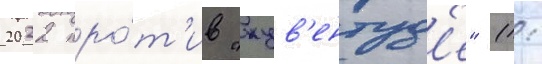
2022 про́т'ив "жув'ентуд'е" (1: